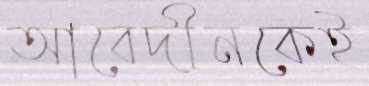
আবেদীনকেই